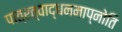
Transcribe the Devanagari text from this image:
पात्रत्वाद्धनमाप्नोति